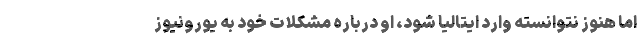
اما هنوز نتوانسته وارد ایتالیا شود، او درباره مشکلات خود به یورونیوز